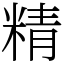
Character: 精